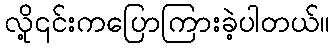
လို့၎င်းကပြောကြားခဲ့ပါတယ်။